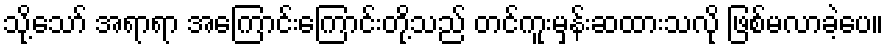
သို့သော် အရာရာ အကြောင်းကြောင်းတို့သည် တင်ကူးမှန်းဆထားသလို ဖြစ်မလာခဲ့ပေ။